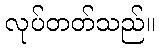
လုပ်တတ်သည်။